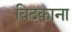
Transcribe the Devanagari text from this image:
बिदकाना